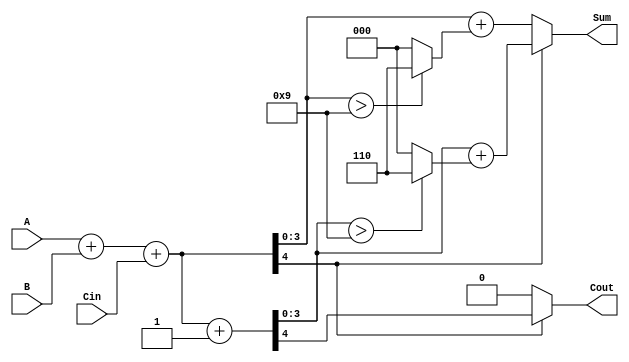
module BCD_MCSA (
    input  wire [3:0] A,      // BCD input A
    input  wire [3:0] B,      // BCD input B
    input  wire Cin,          // Carry-in
    output reg  [3:0] Sum,    // BCD output Sum
    output reg  Cout          // Carry-out
);

    // Internal signals
    wire [4:0] sum_path0;     // Sum for A + B + 0
    wire [4:0] sum_path1;     // Sum for A + B + 1
    wire carry_path0;         // Carry out for path 0
    wire carry_path1;         // Carry out for path 1
    wire correction0;         // Correction needed for path 0
    wire correction1;         // Correction needed for path 1

    // Binary addition for Path 0 (A + B + 0)
    assign sum_path0 = A + B + Cin;
    assign carry_path0 = sum_path0[4]; // Carry out for path 0

    // Binary addition for Path 1 (A + B + 1)
    assign sum_path1 = A + B + Cin + 1;
    assign carry_path1 = sum_path1[4]; // Carry out for path 1

    // BCD correction logic
    assign correction0 = (sum_path0[3:0] > 4'b1001); // Check if greater than 9
    assign correction1 = (sum_path1[3:0] > 4'b1001); // Check if greater than 9

    always @(*) begin
        // Default outputs
        Sum = 4'b0000;
        Cout = 1'b0;

        if (carry_path0) begin
            // Path 1 is selected since there is a carry from path 0
            Sum = sum_path1[3:0] + (correction1 ? 4'b0110 : 4'b0000); // Apply correction if needed
            Cout = carry_path1;
        end else begin
            // Path 0 is selected
            Sum = sum_path0[3:0] + (correction0 ? 4'b0110 : 4'b0000); // Apply correction if needed
            Cout = carry_path0;
        end
    end

endmodule